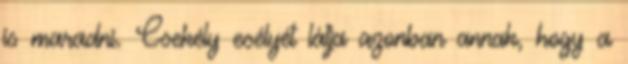
is maradni. Csekély esélyét látja azonban annak, hogy a